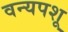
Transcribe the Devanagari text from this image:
वन्यपशू